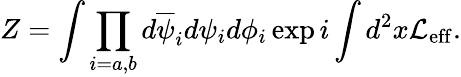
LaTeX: Z=\int\prod_{i=a,b}d\overline{{{\psi}}}_{i}d\psi_{i}d\phi_{i}\exp i\int d^{2}x{\cal L_{\mathrm{eff}}}.